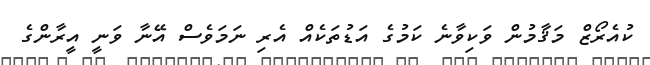
ކުއެރޯޒް މަޤާމުން ވަކިވާނެ ކަމުގެ އަޑުތަކެއް އެރި ނަމަވެސް އޭނާ ވަނީ އީރާންގެ